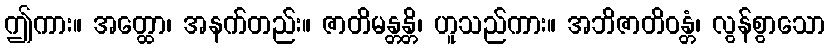
ဤကား။ အတ္ထော၊ အနက်တည်း။ ဇာတိမန္တန္တိ၊ ဟူသည်ကား။ အဘိဇာတိဝန္တံ၊ လွန်စွာသော